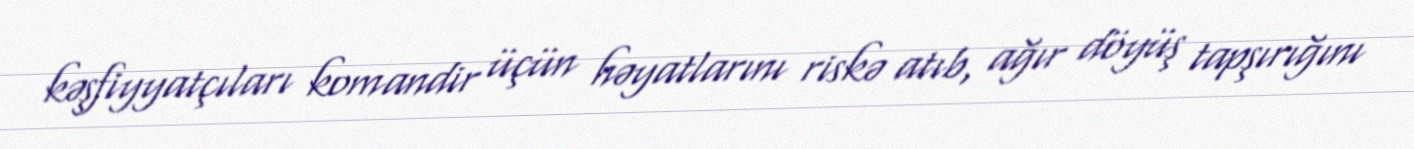
kəşfiyyatçıları komandir üçün həyatlarını riskə atıb, ağır döyüş tapşırığını